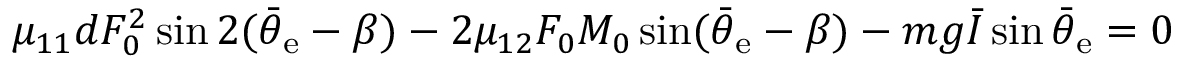
\mu _ { 1 1 } d F _ { 0 } ^ { 2 } \sin 2 ( \bar { \theta } _ { \mathrm { e } } - \beta ) - 2 \mu _ { 1 2 } F _ { 0 } M _ { 0 } \sin ( \bar { \theta } _ { \mathrm { e } } - \beta ) - m g \bar { I } \sin \bar { \theta } _ { \mathrm { e } } = 0